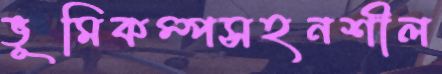
ভূমিকম্পসহনশীল